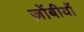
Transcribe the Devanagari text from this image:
ज़ोंबीयों